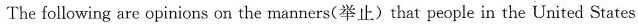
The following are opinions on the manners(举止)that people in the United States